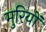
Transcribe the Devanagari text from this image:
मुरियों